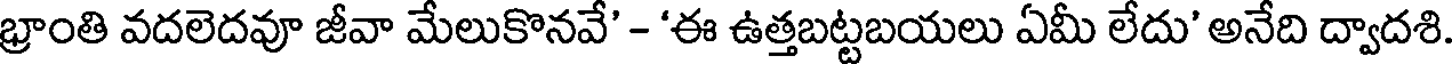
భ్రాంతి వదలెదవూ జీవా మేలుకొనవే' - 'ఈ ఉత్తబట్టబయలు ఏమీ లేదు' అనేది ద్వాదశి